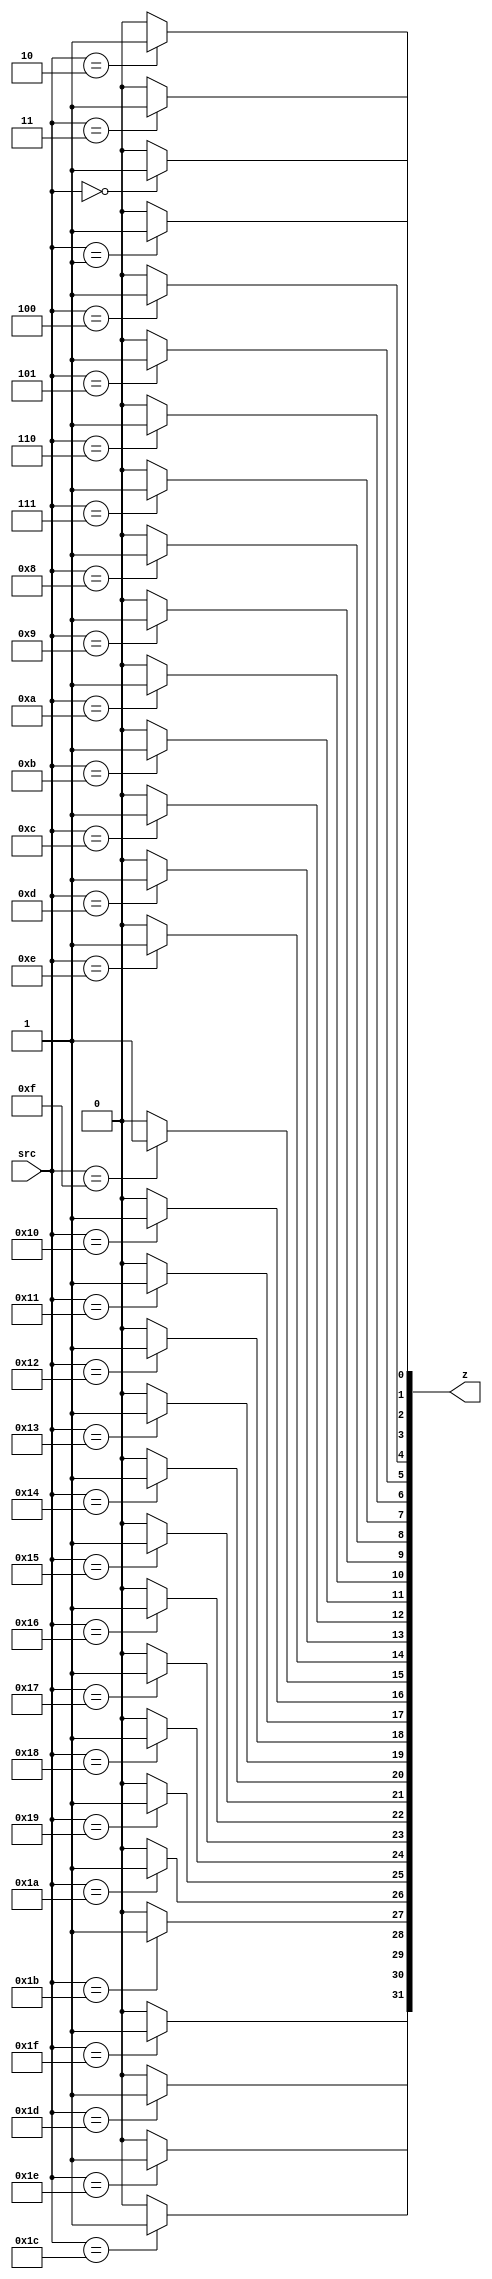
`timescale 1ns/10ps
module gac_dec_5 (src , z);
  parameter n=5;
  input [n-1:0] src;
  output reg [((2**n)-1):0] z;
  integer i;
  
  always @(src)
      begin
        for (i = 0; i < 2**n; i = i+1) begin
            if (src == i) z[i] <= 1'b1;
            else z[i] <= 1'b0;
            $display ("src is %d z is %d and i is %d" ,src , z , i);
          end
      end
endmodule